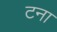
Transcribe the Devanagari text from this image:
टना